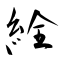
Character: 絟